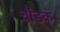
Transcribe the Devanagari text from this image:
चौंडकं